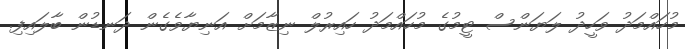
މުހައްމަދު ވަހީދު ލަޔަންސް ޓީމުގެ މުހައްމަދު ހައިރުލް ނިޒާމަށް އަނިޔާވެގެން ދަނޑުން ބާލައިފި.